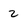
Character: 2